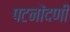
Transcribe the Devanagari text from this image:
पटनोंदणी